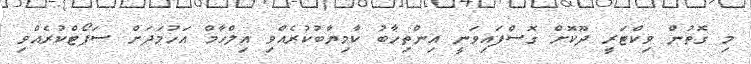
މި ގޮތުން ވިކްޓަރީ ދޫކޮށް ގޮސްފައިވަނީ އިންތިހާބު ކާމިޔާބުކުރެއްވި އިލްހާމް އަހުމަދަށް ސަޕޯޓްކުރެއްވި